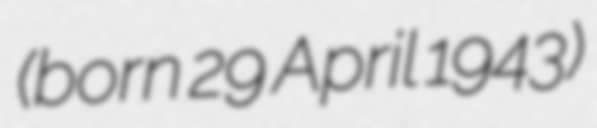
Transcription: (born 29 April 1943)